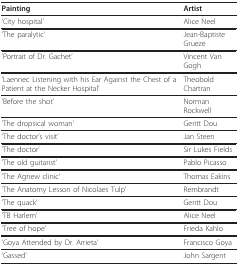
| Painting | Artist |
 | --- | --- |
 | 'City hospital' | Alice Neel |
 | 'The paralytic' | Jean-Baptiste Grueze |
 | 'Portrait of Dr. Gachet' | Vincent Van Gogh |
 | 'Laennec Listening with his Ear Against the Chest of a Patient at the Necker Hospital' | Theobold Chartran |
 | 'Before the shot' | Norman Rockwell |
 | 'The dropsical woman' | Geritt Dou |
 | 'The doctor's visit' | Jan Steen |
 | 'The doctor' | Sir Lukes Fields |
 | 'The old guitarist' | Pablo Picasso |
 | 'The Agnew clinic' | Thomas Eakins |
 | 'The Anatomy Lesson of Nicolaes Tulp' | Rembrandt |
 | 'The quack' | Geritt Dou |
 | 'TB Harlem' | Alice Neel |
 | 'Tree of hope' | Frieda Kahlo |
 | 'Goya Attended by Dr. Arrieta' | Francisco Goya |
 | 'Gassed' | John Sargent |